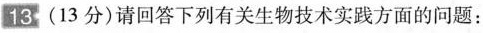
13 （13分）请回答下列有关升入技术实践方面的问题：